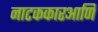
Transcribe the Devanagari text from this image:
नाटककारआणि